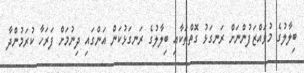
ބިލާލުގެ މުވައްޒަފުންނަށް ރަނގަޅު ގޮތްތަކާއި ބިލާލުގެ ރަނގަޅުކަން އަންގައި ދިނުމަށް ފަރަހާ ކުރަމުންދާ